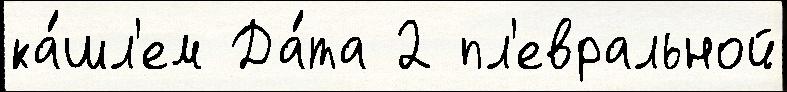
ка́шл'ем Да́та 2 пл'евральной